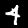
Digit: 4